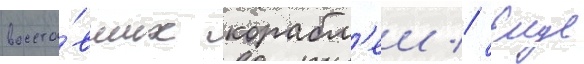
восста́вших корабл'еи // Еще